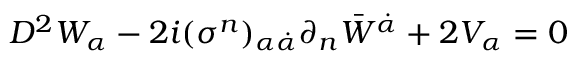
D ^ { 2 } W _ { \alpha } - 2 i ( \sigma ^ { n } ) _ { \alpha \dot { \alpha } } \partial _ { n } { \bar { W } } ^ { \dot { \alpha } } + 2 V _ { \alpha } = 0